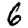
Digit: 6